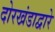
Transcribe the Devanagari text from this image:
दोरखंडाद्वारे